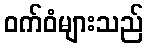
ဝက်ဝံများသည်